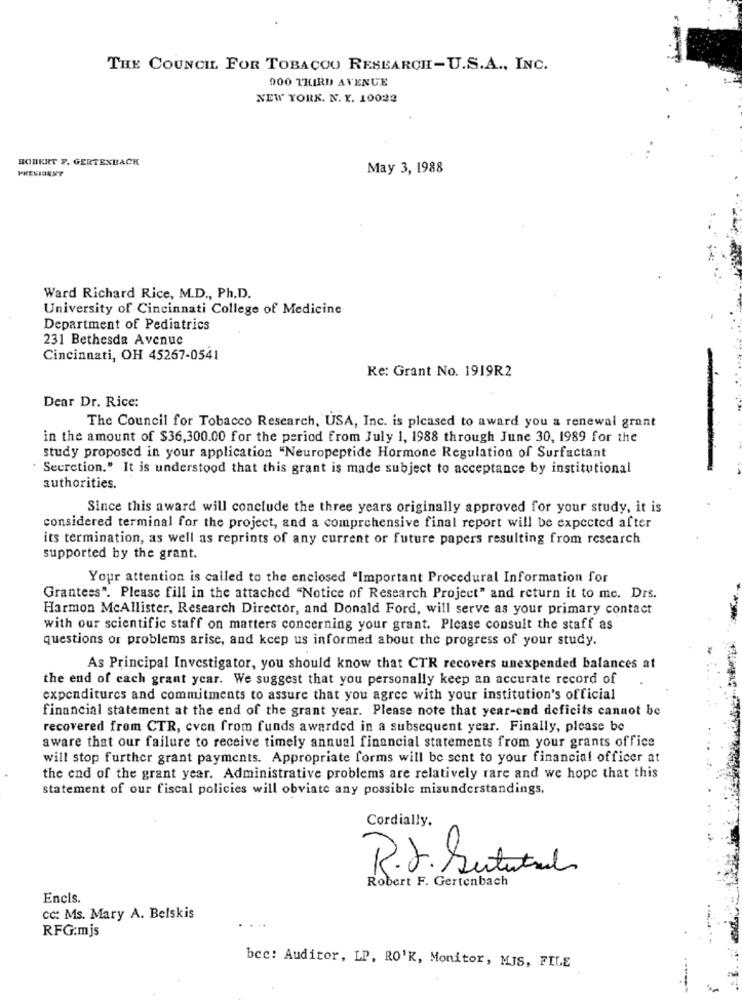
THE COUNCIL FOR TOBACCO RESEARCH-U.S.A ., INC.
900 THIRD AVENUE
NEW YORK. N. Y. 10022
ROBERT F. GERTENBACK
PRESIDENT
May 3, 1988
Ward Richard Rice, M.D ., Ph.D.
University of Cincinnati College of Medicine
Department of Pediatrics
231 Bethesda Avenue
Cincinnati, OH 45267-0541
Re: Grant No. 1919R2
Dear Dr. Rice:
The Council for Tobacco Research, USA, Inc. is pleased to award you a renewal grant
in the amount of $36,300.00 for the period from July 1, 1988 through June 30, 1989 for the
-
study proposed in your application "Neuropeptide Hormone Regulation of Surfactant
Secretion." It is understood that this grant is made subject to acceptance by institutional
authorities.
Since this award will conclude the three years originally approved for your study, it is
considered terminal for the project, and a comprehensive final report will be expected after
its termination, as well as reprints of any current or future papers resulting from research
supported by the grant.
Your attention is called to the enclosed "Important Procedural Information for
Grantees". Please fill in the attached "Notice of Research Project" and return it to me. Drs.
Harmon McAllister, Research Director, and Donald Ford, will serve as your primary contact
with our scientific staff on matters concerning your grant. Please consult the staff as
questions or problems arise, and keep us informed about the progress of your study.
As Principal Investigator, you should know that CTR recovers unexpended balances at
the end of cach grant year. We suggest that you personally keep an accurate record of
expenditures and commitments to assure that you agree with your institution's official
financial statement at the end of the grant year. Please note that year-end deficits cannot be
recovered from CTR, cven from funds awarded in a subsequent year. Finally, please be
aware that our failure to receive timely annual financial statements from your grants office
will stop further grant payments. Appropriate forms will be sent to your financial officer at
the end of the grant year. Administrative problems are relatively rare and we hope that this
statement of our fiscal policies will obviate any possible misunderstandings.
Cordially.
R.J. Setutul
Robert F. Gertenbach
Encis.
CC: Ms. Mary A. Belskis
RFG:mjs
bcc: Auditor, LP, RO'K, Monitor, MIS, FILE